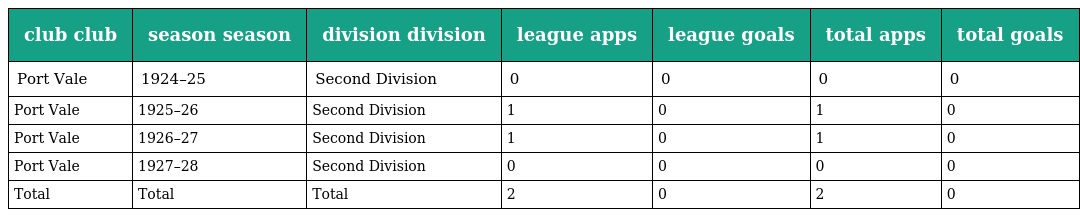
| club club | season season | division division | league apps | league goals | total apps | total goals |
 | --- | --- | --- | --- | --- | --- | --- |
 | Port Vale | 1924–25 | Second Division | 0 | 0 | 0 | 0 |
 | Port Vale | 1925–26 | Second Division | 1 | 0 | 1 | 0 |
 | Port Vale | 1926–27 | Second Division | 1 | 0 | 1 | 0 |
 | Port Vale | 1927–28 | Second Division | 0 | 0 | 0 | 0 |
 | Total | Total | Total | 2 | 0 | 2 | 0 |